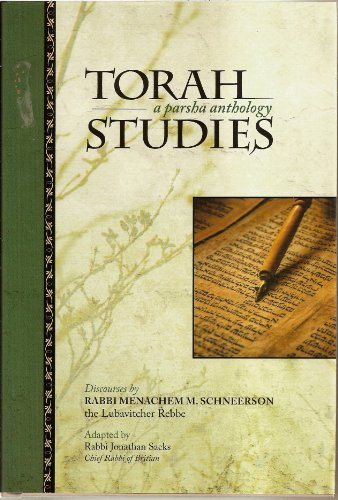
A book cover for Torah Studies; Menachem Mendel Schneerson; Religion & Spirituality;